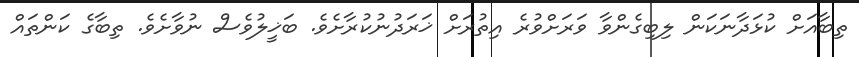
ތިބާއަށް ކުޅަދާނަކަން ލިބިގެންވާ ވަރަށްވުރެ އިތުރަށް ޚަރަދުނުކުރާށެވެ. ބަޚީލުވެސް ނުވާށެވެ. ތިބާގެ ކަންތައް